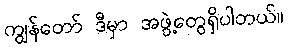
ကျွန်တော် ဒီမှာ အဖွဲ့တွေရှိပါတယ်။